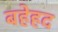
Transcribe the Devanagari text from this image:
बहेहद